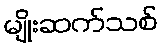
မျိုးဆက်သစ်